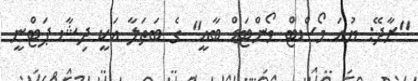
"ރާދޭ: ޔުއަ މޯސްޓް ވޯންޓަޑް ބާއީ" ގެ ބަތަލާ އަކީ ދިޝާ ޕަޓްނީ